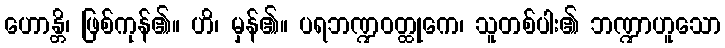
ဟောန္တိ၊ ဖြစ်ကုန်၏။ ဟိ၊ မှန်၏။ ပရဘဏ္ဍဝတ္ထုကေ၊ သူတစ်ပါး၏ ဘဏ္ဍာဟူသော